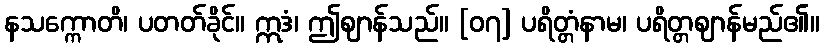
နသက္ကောတိ၊ ပတတ်ခိုင်။ ဣဒံ၊ ဤဈာန်သည်။ [၀၇] ပရိတ္တံနာမ၊ ပရိတ္တဈာန်မည်၏။